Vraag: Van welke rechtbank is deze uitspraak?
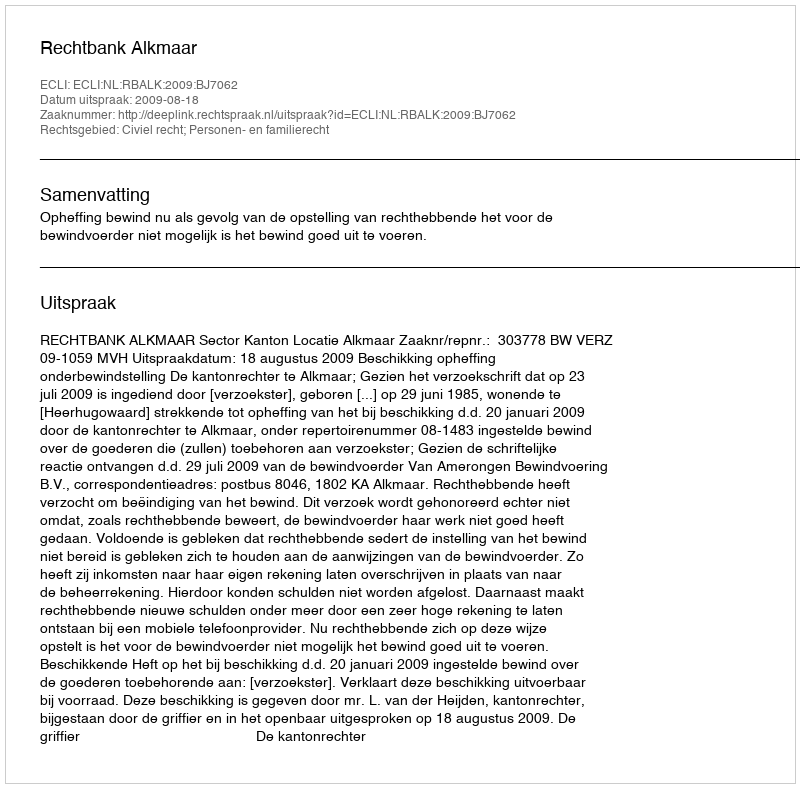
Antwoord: Rechtbank Alkmaar